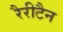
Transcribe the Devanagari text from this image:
रैरीटैन